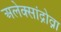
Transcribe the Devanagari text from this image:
अलेक्सांद्रोव्ना